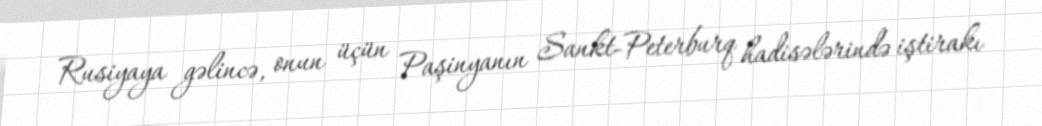
Rusiyaya gəlincə, onun üçün Paşinyanın Sankt-Peterburq hadisələrində iştirakı